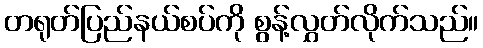
တရုတ်ပြည်နယ်စပ်ကို စွန့်လွှတ်လိုက်သည်။